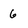
Character: 6